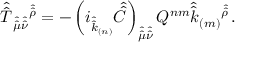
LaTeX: \hat { \hat { T } } _ { \hat { \hat { \mu } } \hat { \hat { \nu } } } { } ^ { \hat { \hat { \rho } } } = - \left( i _ { \hat { \hat { k } } _ { ( n ) } } \hat { \hat { C } } \right) _ { \hat { \hat { \mu } } \hat { \hat { \nu } } } Q ^ { n m } \hat { \hat { k } } _ { ( m ) } { } ^ { \hat { \hat { \rho } } } \, .